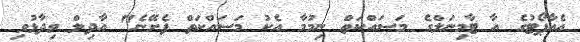
އެއާޕޯޓުގެ އާ ޓާމިނަލްގެ މަސައްކަތް ނިމުމާ އެކު މަސައްކަތް ފެށޭނެ" އާދިލް ވިދާޅުވި